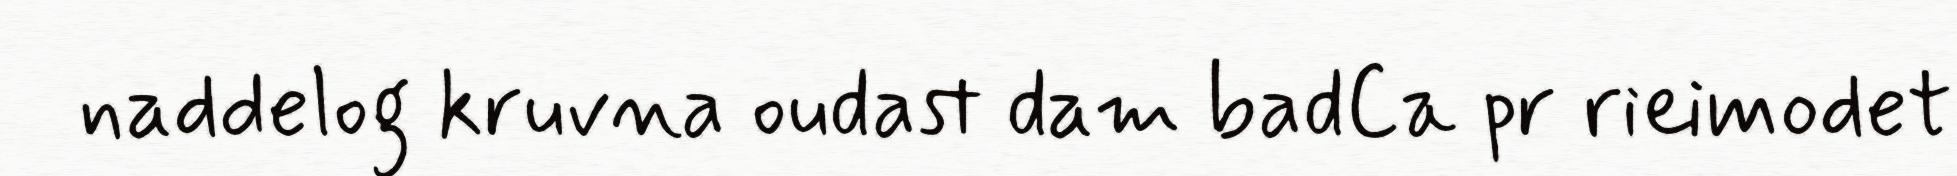
naddelog kruvna oudast dam badCa pr rieimodet